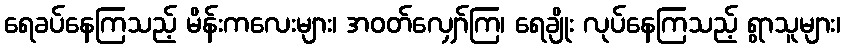
ရေခပ်နေကြသည့် မိန်းကလေးများ၊ အဝတ်လျှော်ကြ၊ ရေချိုး လုပ်နေကြသည့် ရွာသူများ၊